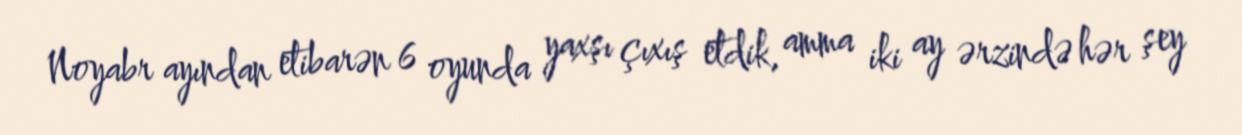
Noyabr ayından etibarən 6 oyunda yaxşı çıxış etdik, amma iki ay ərzində hər şey